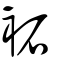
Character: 袥